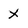
Character: X